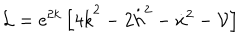
LaTeX: { \cal L } = \mathrm { e } ^ { 2 k } \left[ 4 \dot { k } ^ { 2 } - 2 \dot { h } ^ { 2 } - \dot { x } ^ { 2 } - { \cal V } \right]